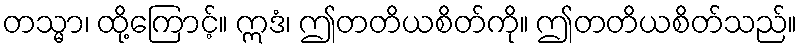
တသ္မာ၊ ထို့ကြောင့်။ ဣဒံ၊ ဤတတိယစိတ်ကို။ ဤတတိယစိတ်သည်။